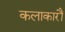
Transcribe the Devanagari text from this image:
कलाकारौं